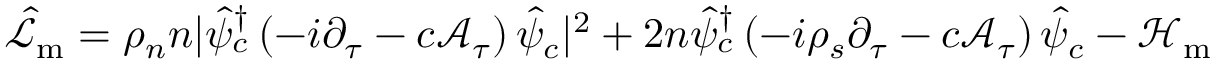
\hat { \mathcal { L } } _ { \mathrm { m } } = \rho _ { n } n | \hat { \psi } _ { c } ^ { \dagger } \left( - i \partial _ { \tau } - c \mathcal { A } _ { \tau } \right) \hat { \psi } _ { c } | ^ { 2 } + 2 n \hat { \psi } _ { c } ^ { \dagger } \left( - i \rho _ { s } \partial _ { \tau } - c \mathcal { A } _ { \tau } \right) \hat { \psi } _ { c } - \mathcal { H } _ { \mathrm { m } }